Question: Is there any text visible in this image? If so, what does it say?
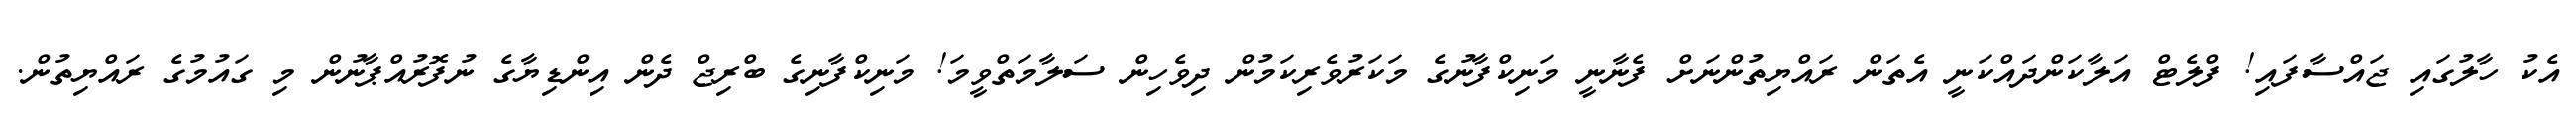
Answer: އެކު ހާލުގައި ޖައްސާފައި! ފްލެޓް އަލާކަންދައްކަނީ އެތަން ރައްޔިތުންނަށް ފެނާނީ މަނިކްފާނުގެ މަކަރުވެރިކަމުން ދިވެހިން ސަލާމަތްވީމަ! މަނިކްފާނިގެ ބްރިޖް ދެން އިންޑިޔާގެ ނުފޮރުއްޕާނުން މި ގައުމުގެ ރައްޔިތުން.